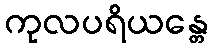
ကုလပရိယန္တေ